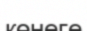
көнеге